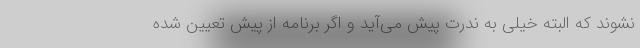
نشوند که البته خیلی به ندرت پیش می‌آید و اگر برنامه از پیش تعیین شده